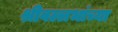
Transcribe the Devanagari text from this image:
श्रीवल्लभांच्या